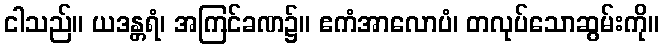
ငါသည်။ ယဒန္တရံ၊ အကြင်ခဏ၌။ ဧကံအာလောပံ၊ တလုပ်သောဆွမ်းကို။